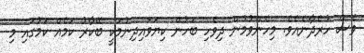
ވެސް ހުރެދާނެއެވެ. މިހެންވުމުން ދިވެހި ބަހުން ކިޔަވައިދިނުމަކީ ބޭކާރު ކަމެއް ކަމުގައި މި